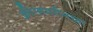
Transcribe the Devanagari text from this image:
क्रीग्समरीनच्या